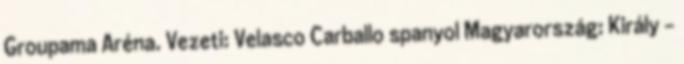
Groupama Aréna. Vezeti: Velasco Carballo spanyol Magyarország: Király –